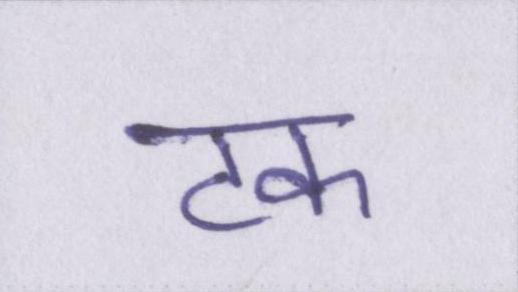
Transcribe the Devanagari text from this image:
टक